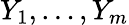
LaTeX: Y_{1},\dots,Y_{m}